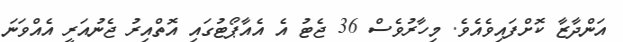
އަންދާޒާ ކޮށްފައިވެއެވެ. މިހާރުވެސް 36 ޖެޓު އެ އެއާޕޯޓުގައި އޮތްއިރު ޖެނުއަރީ އެއްވަނަ